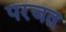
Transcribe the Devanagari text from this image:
परजत